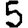
Digit: 5